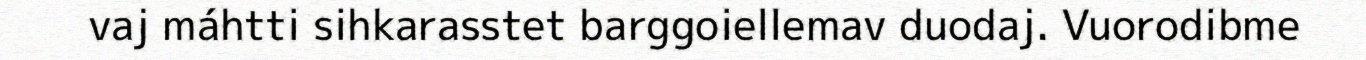
vaj máhtti sihkarasstet barggoiellemav duodaj. Vuorodibme